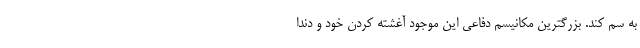
به سم کند. بزرگترین مکانیسم دفاعی این موجود آغشته کردن خود و دندا